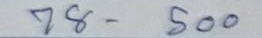
78 - 500